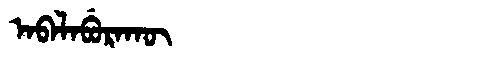
Manchu: ᠠᠪᠠᠯᠠᠪᡠᡵᠠᡴᡡ
Romanization: ABALABURAKŪ